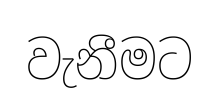
වැනීමට